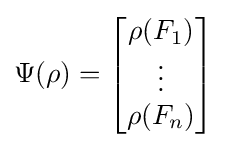
\Psi (\rho )={\begin{bmatrix}\rho (F_{1})\\\vdots \\\rho (F_{n})\end{bmatrix}}